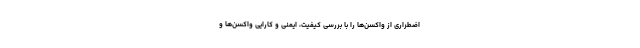
اضطراری از واکسن‌ها را با بررسی کیفیت، ایمنی و کارایی واکسن‌ها و